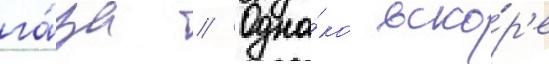
га́за // Одна́ко вско́р'е